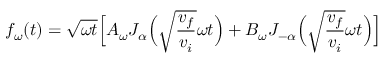
f _ { \omega } ( t ) = \sqrt { \omega t } \Big [ A _ { \omega } J _ { \alpha } \Big ( \sqrt { \frac { v _ { f } } { v _ { i } } } \omega t \Big ) + B _ { \omega } J _ { - \alpha } \Big ( \sqrt { \frac { v _ { f } } { v _ { i } } } \omega t \Big ) \Big ]